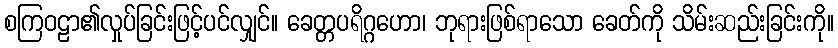
စကြဝဠာ၏လှုပ်ခြင်းဖြင့်ပင်လျှင်။ ခေတ္တပရိဂ္ဂဟော၊ ဘုရားဖြစ်ရာသော ခေတ်ကို သိမ်းဆည်းခြင်းကို။